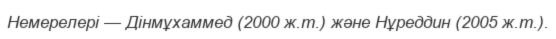
Немерелері — Дінмұхаммед (2000 ж.т.) және Нұреддин (2005 ж.т.).